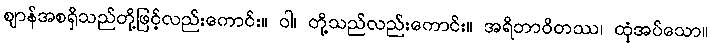
ဈာန်အစရှိသည်တို့ဖြင့်လည်းကောင်း။ ဝါ၊ တို့သည်လည်းကောင်း။ အရိဘာဝိတဿ၊ ထုံအပ်သော။